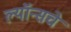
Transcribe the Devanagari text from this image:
ल्यॉन्सचे